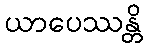
ယာပေဿန္တိ